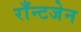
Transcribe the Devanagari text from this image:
राँन्टजेन